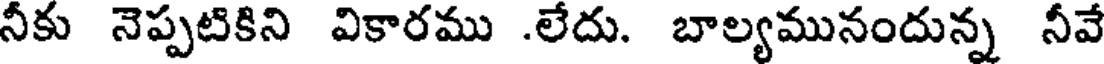
నీకు నెప్పటికిని వికారము .లేదు. బాల్యమునందున్న నీవే